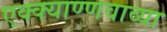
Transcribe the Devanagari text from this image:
एक्क्याण्णवाव्या